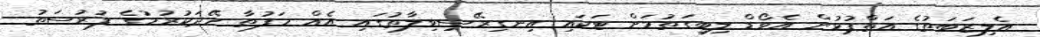
އެލިޒަބަތުގެ އަތްޕުޅުން އެވޯޑް ލިބިގަތުމަށް ޓަކައި އިނގިރޭސިވިލާތުގައި އެއް ހަފުތާ ހޭދަކުރުމުގެ ފުރުސަތު